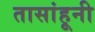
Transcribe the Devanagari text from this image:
तासांहूनी